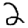
Digit: 2